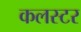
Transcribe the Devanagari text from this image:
कलस्टर